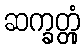
ဆက္ခတ္တုံ